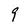
Character: 9